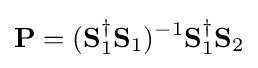
{\mathbf {P} }=(\mathbf {S} _{1}^{\dagger }{\mathbf {S} _{1}})^{-1}\mathbf {S} _{1}^{\dagger }{\mathbf {S} _{2}}